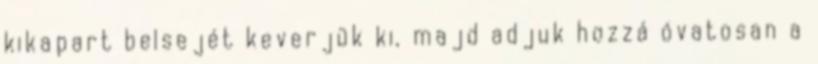
kikapart belsejét keverjük ki, majd adjuk hozzá óvatosan a